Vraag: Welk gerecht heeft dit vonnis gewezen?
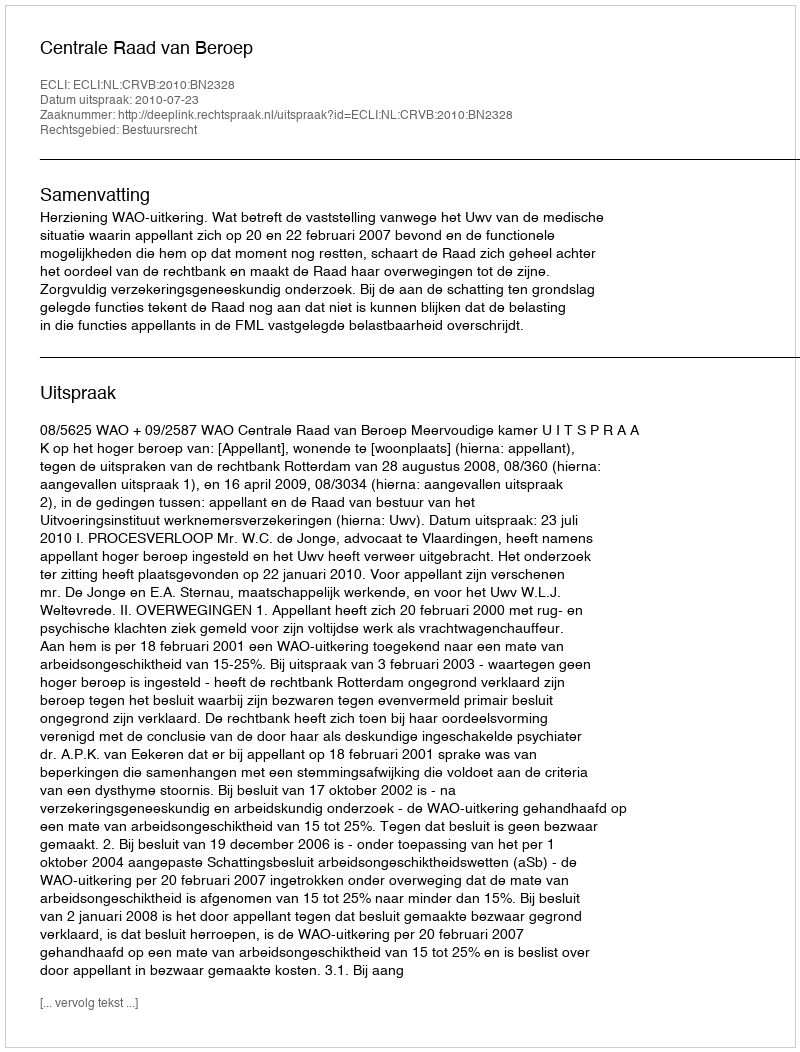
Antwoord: Centrale Raad van Beroep